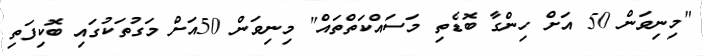
"މިނިވަން 50 އަށް ހިންގާ ބޮޑެތި މަސައްކަތްތައް" މިނިވަން 50އަށް މަގުތަކުގައި ބޮކިފަތި